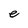
Character: e